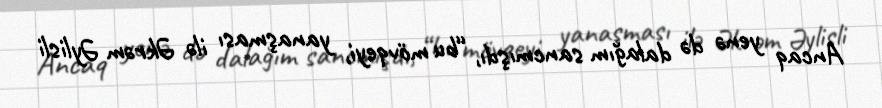
Ancaq yenə də dalağım sancmışdı, “bu mövqeyi, yanaşması ilə Əkrəm Əylisli